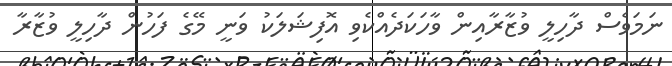
ނަމަވެސް ދާހިލީ ވުޒާރާއިން ވާހަކަދެއްކެވި އޮފިޝަލަކު ވަނީ މޭގެ ފަހުން ދާހިލީ ވުޒާރާ